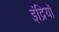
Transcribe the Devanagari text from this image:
इंद्रियॉ